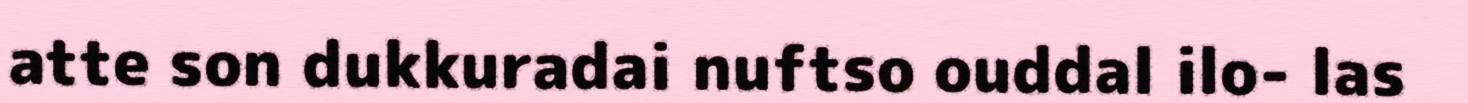
atte son dukkuradai nuftso ouddal ilo- las